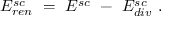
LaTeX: { \cal E } _ { r e n } ^ { s c } \ = \ { \cal E } ^ { s c } \ - \ { \cal E } _ { d i v } ^ { s c } \ .